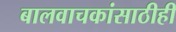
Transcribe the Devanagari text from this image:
बालवाचकांसाठीही